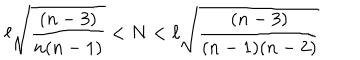
\ell \sqrt { \frac { ( n - 3 ) } { n ( n - 1 ) } } < N < \ell \sqrt { \frac { ( n - 3 ) } { ( n - 1 ) ( n - 2 ) } }